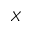
X